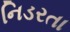
નિડરતા